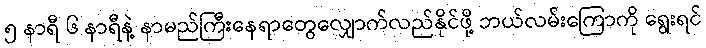
၅ နာရီ ၆ နာရီနဲ့ နာမည်ကြီးနေရာတွေလျှောက်လည်နိုင်ဖို့ ဘယ်လမ်းကြောကို ရွေးရင်